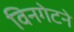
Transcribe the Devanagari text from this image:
विनगेटने